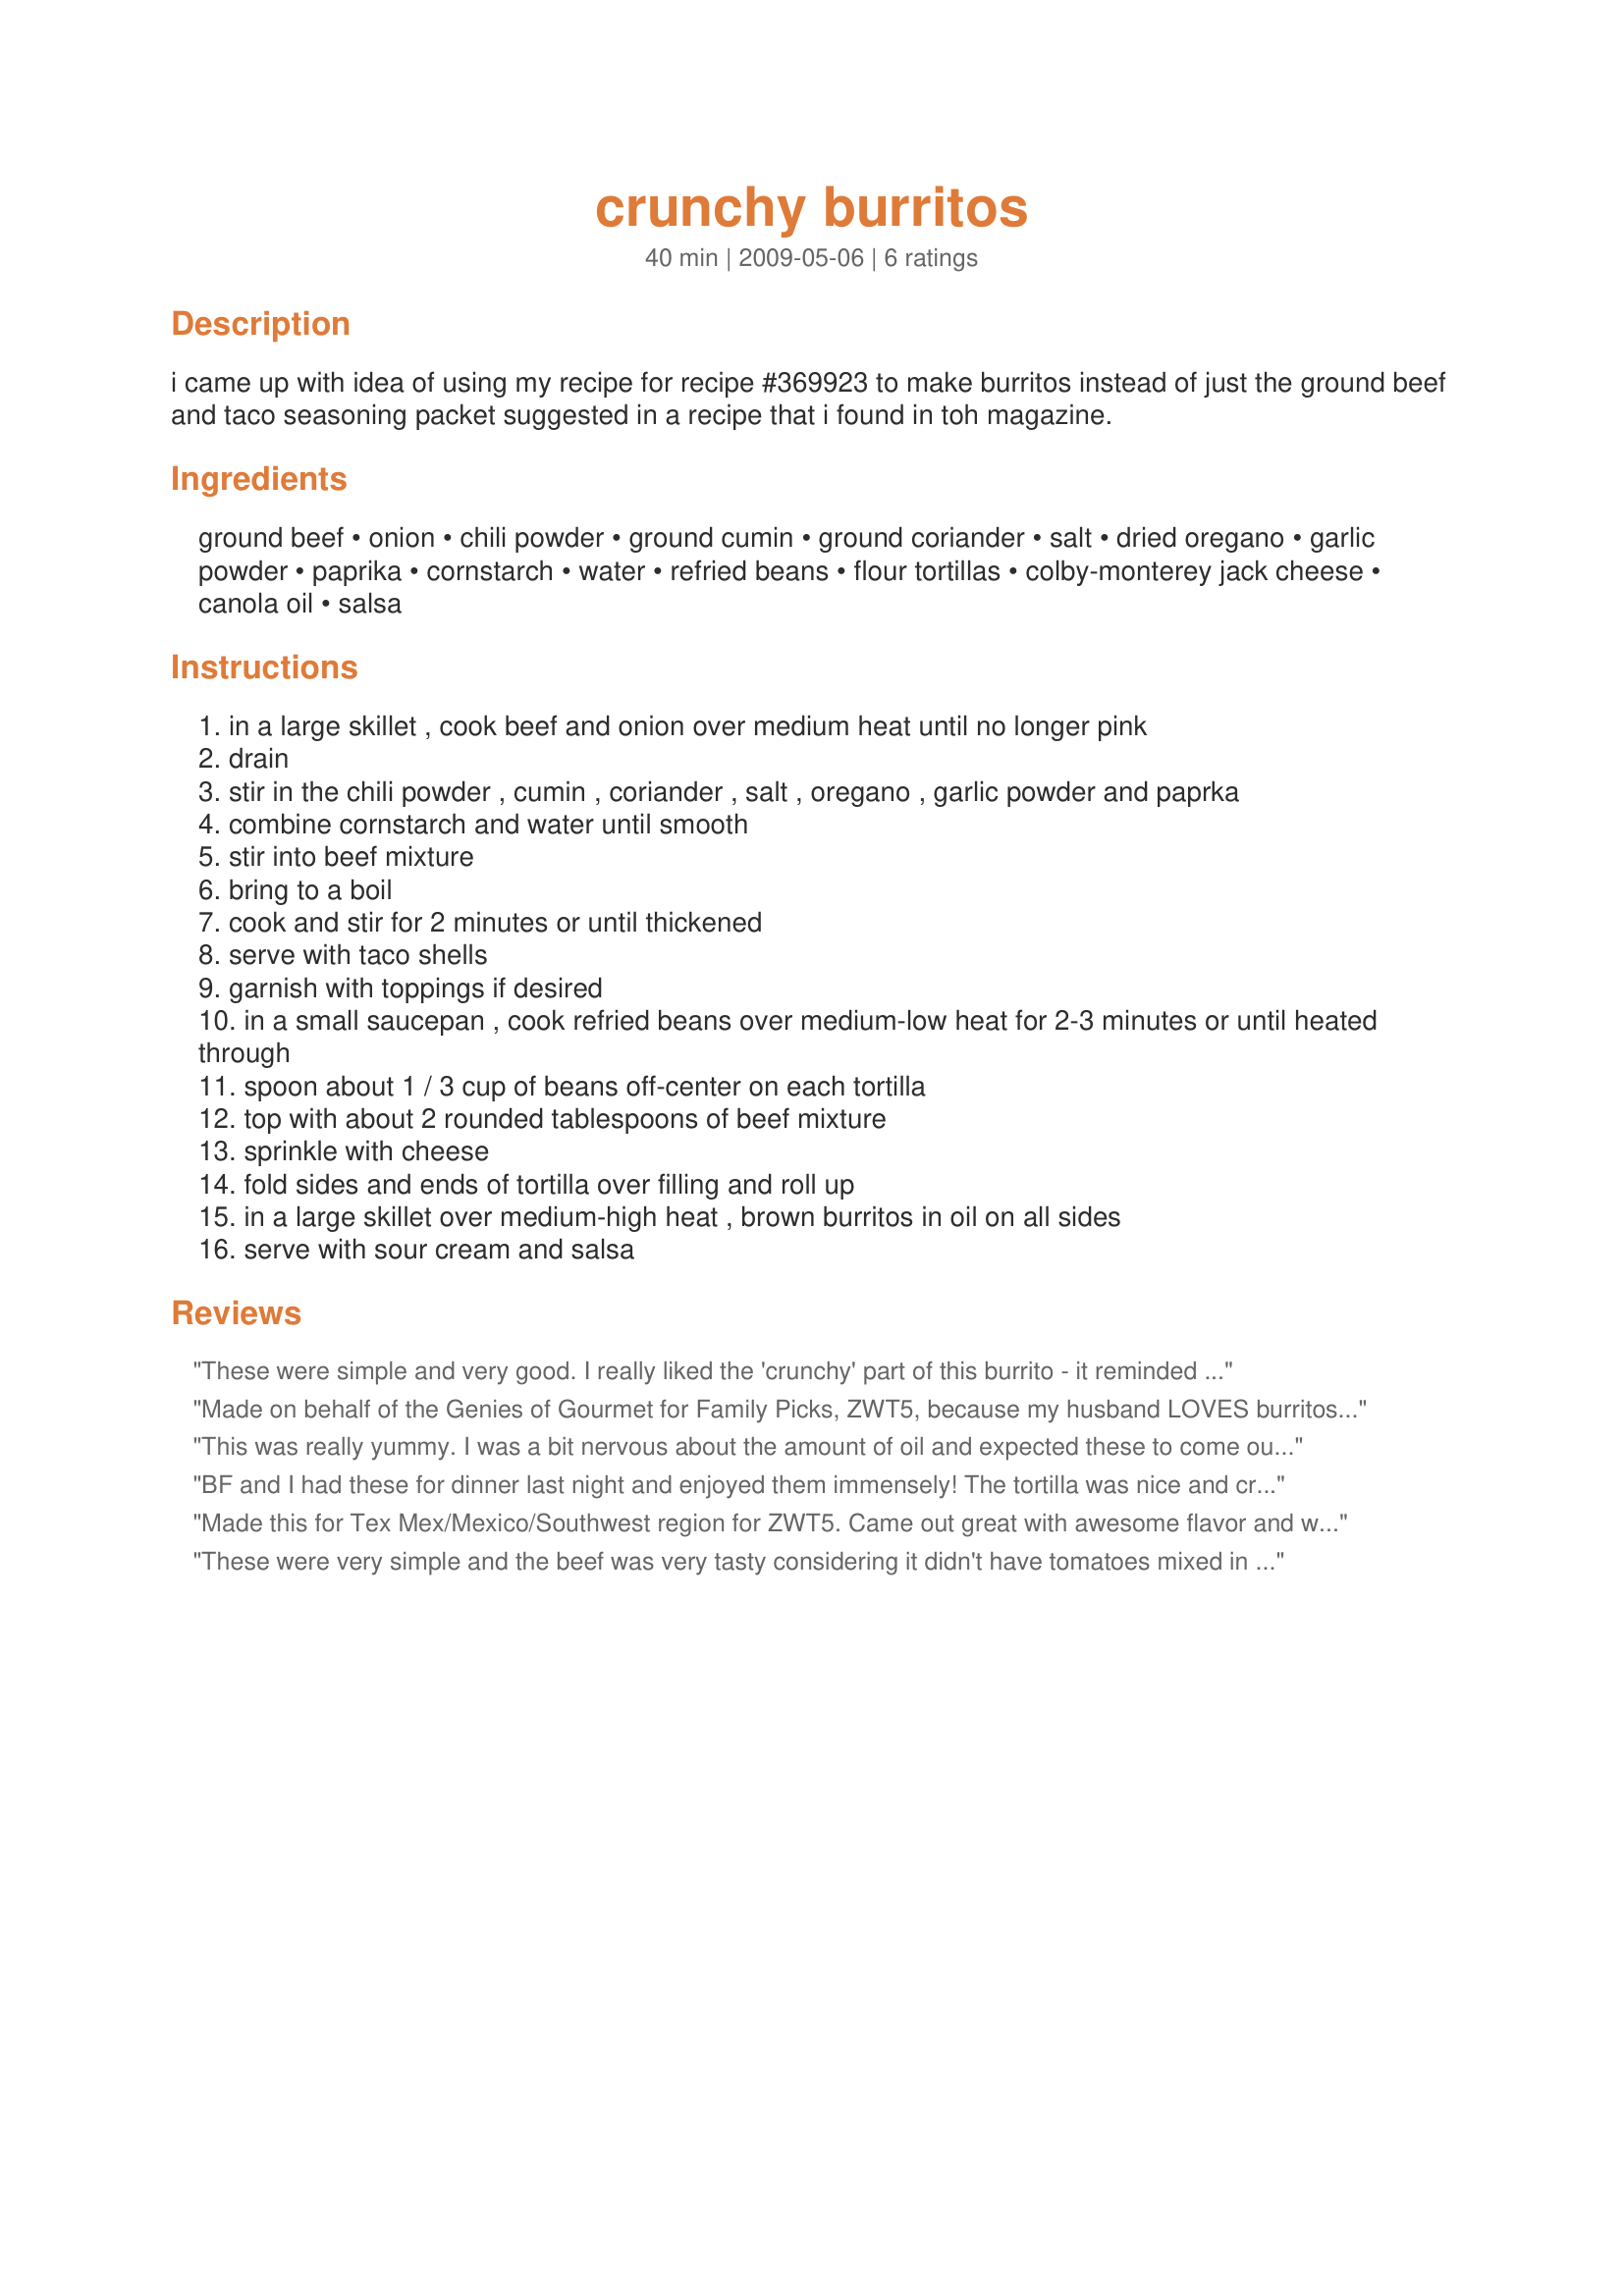
crunchy burritos
Preparation time: 40 minutes

i came up with idea of using my recipe for recipe #369923 to make burritos instead of just the ground beef and taco seasoning packet suggested in a recipe that i found in toh magazine.

Ingredients:
ground beef, onion, chili powder, ground cumin, ground coriander, salt, dried oregano, garlic powder, paprika, cornstarch, water, refried beans, flour tortillas, colby-monterey jack cheese, canola oil, salsa

Steps:
in a large skillet , cook beef and onion over medium heat until no longer pink
drain
stir in the chili powder , cumin , coriander , salt , oregano , garlic powder and paprka
combine cornstarch and water until smooth
stir into beef mixture
bring to a boil
cook and stir for 2 minutes or until thickened
serve with taco shells
garnish with toppings if desired
in a small saucepan , cook refried beans over medium-low heat for 2-3 minutes or until heated through
spoon about 1 / 3 cup of beans off-center on each tortilla
top with about 2 rounded tablespoons of beef mixture
sprinkle with cheese
fold sides and ends of tortilla over filling and roll up
in a large skillet over medium-high heat , brown burritos in oil on all sides
serve with sour cream and salsa

Reviews:
These were simple and very good. I really liked the 'crunchy' part of this burrito - it reminded me of a chimichanga. I used a Mexican 4-blend cheese (cheddar, asadero, montery jack, and queso quesadilla) and topped it with salsa, sour cream and guacamole. Gracias diner for another great meal. Made for ZWT5 2009.
Made on behalf of the Genies of Gourmet for Family Picks, ZWT5, because my husband LOVES burritos. By far, this is his favorite Mexican feed. These were good but I did spice ours up a bit because we like it full flavored and SPICY! Very yummy!!! Photo to come. (-:
This was really yummy. I was a bit nervous about the amount of oil and expected these to come out dripping and soggy, but they crisped right up! A nonstick pan will help immensely with the frying part. Served with salsa, sour cream and tabasco! This is a keeper, thanks for posting.
BF and I had these for dinner last night and enjoyed them immensely! The tortilla was nice and crunchy and the cheese melted through the filling....yum....tasted just like my favorite restaurant chimichanga. The beef mixture could certainly be used for any number of things; tacos, nachos, enchiladas, etc.....very nice Tex-Mex flavor! May add some diced jalapenos to the meat filling next time just to add a little heat. I used ground sirloin and minced fresh garlic in with the onions and beef (rather than the garlic powder which I did not have on hand). Served with sour cream and salsa. Thanks for a new addition to my Tex-Mex favorites!!
Made this for Tex Mex/Mexico/Southwest region for ZWT5. Came out great with awesome flavor and was super easy. Will defiantly make again!
These were very simple and the beef was very tasty considering it didn't have tomatoes mixed in it. At least I know that if I ran out of tomatoes, I can still make burritos! :) Muchas gracias! Made for TexMex/Mexico/Southwest region for ZWT5.
